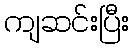
ကျဆင်းပြီး